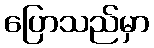
ပြောသည်မှာ